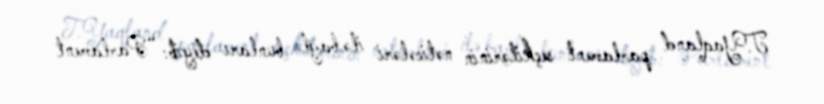
T.Yaqland parlament seçkilərinin nəticələri ilə bağlı bunları deyib: “Parlament